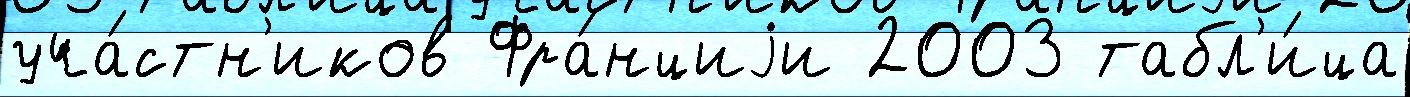
уча́стн'иков Фра́нциjи 2003 табл'и́ца